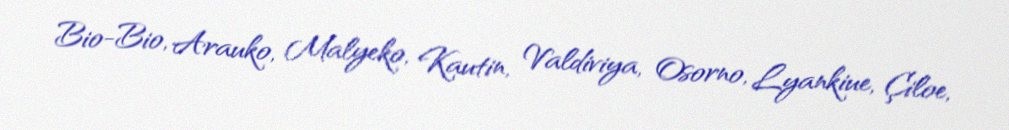
Bio-Bio, Arauko, Malyeko, Kautin, Valdiviya, Osorno, Lyankiue, Çiloe,